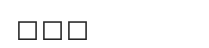
٢٦٤